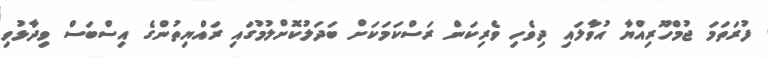
ފުރަތަމަ ޖުމްހޫރިއްޔާ އުވާލައި ދިވެހި ވެރިކަން ރަސްކަމަކަށް ބަދަލުކޮށްލުމުގައި ރައްޔިތުންގެ އިސްބަސް ވިދާޅުވި